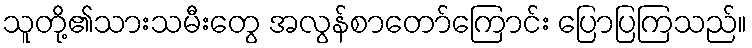
သူတို့၏သားသမီးတွေ အလွန်စာတော်ကြောင်း ပြောပြကြသည်။